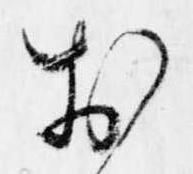
於